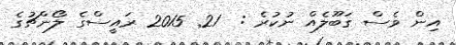
އިން ވެސް ގަބޫލެއް ނުކުރެ :  21